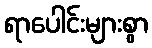
ရာပေါင်းများစွာ